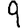
Digit: 9